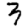
Digit: 3